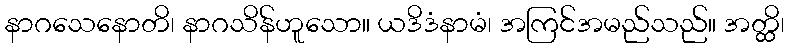
နာဂသေနောတိ၊ နာဂသိန်ဟူသော။ ယဒိဒံနာမံ၊ အကြင်အမည်သည်။ အတ္ထိ၊